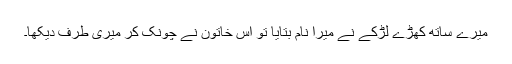
میرے ساتھ کھڑے لڑکے نے میرا نام بتایا تو اس خاتون نے چونک کر میری طرف دیکھا۔